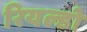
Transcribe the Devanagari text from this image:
रियल्डो